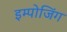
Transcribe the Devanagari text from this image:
इम्पोजिंग